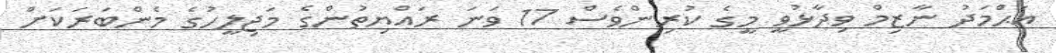
އަޙްމަދު ނާޒިމް ވިދާޅުވީ މީގެ ކުރިންވެސް 17 ވަނަ ރައްޔިތުންގެ މަޖިލީހުގެ މެންބަރަކަށް